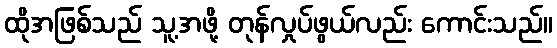
ထိုအဖြစ်သည် သူ့အဖို့ တုန်လှုပ်ဖွယ်လည်း ကောင်းသည်။